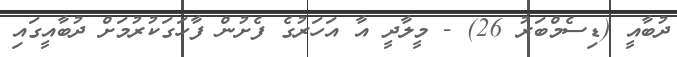
ދުބާއީ (ޑިސެމްބަރު 26) - މީލާދީ އާ އަހަރުގެ ފެށުން ފާހަގަކުރުމަށް ދުބާއީގައި